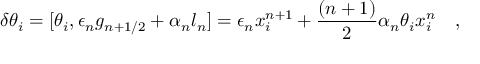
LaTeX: \delta \theta _ { i } = [ \theta _ { i } , \epsilon _ { n } g _ { n + 1 / 2 } + \alpha _ { n } l _ { n } ] = \epsilon _ { n } x _ { i } ^ { n + 1 } + \frac { ( n + 1 ) } { 2 } \alpha _ { n } \theta _ { i } x _ { i } ^ { n } \quad ,